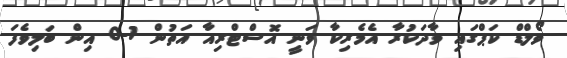
ވޯލްޑް ކަޕްގައި ވާދަކުރާ އެމެރިކާ ވަނީ އޮސްޓްރިއާ އަތުން 1-0 އިން ބަލިވެފަ